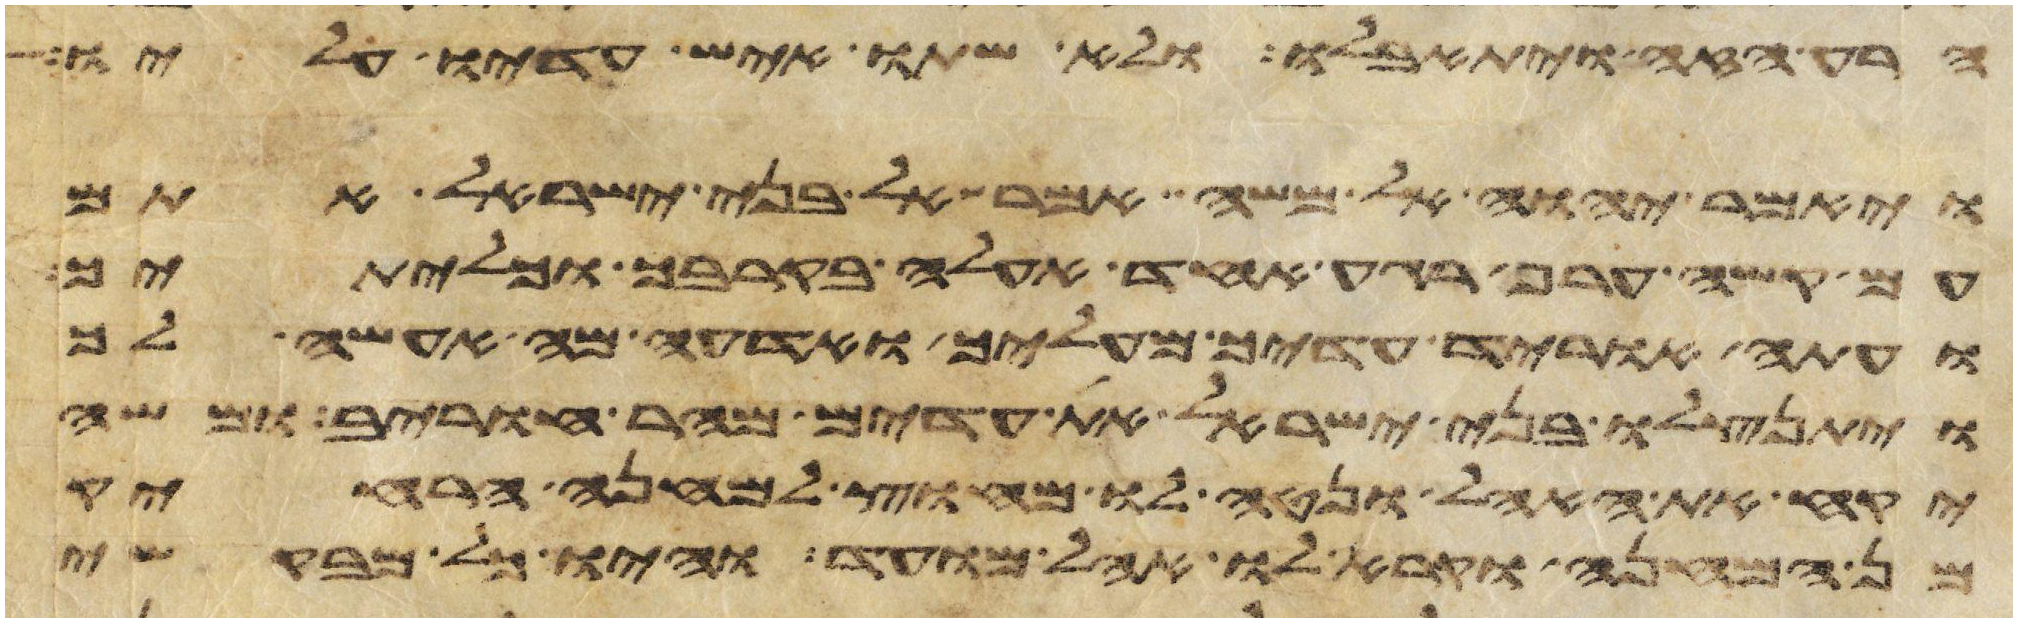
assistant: הרע הזה ויתאבלו ולא שתו איש עדיו עליו
ויאמר יהוה אל משה אמר אל בני ישראל אתם
עם קשה ערף רגע אחד אעלה בקרבך וכליתיך
ועתה הוריד עדיך מעליך ואדעה מה אעשה לך
ויתנצלו בני ישראל את עדים מהר חורב ומשה
יקח את האהל ונטה לו מחוץ למחנה הרחיק
מן המחנה וקרא לו אהל מועד והיו כל מבקשי